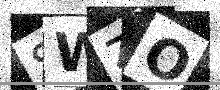
Text: SWZO